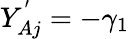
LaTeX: Y_{Aj}^{'}=-\gamma_{1}